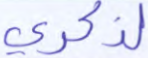
لذكري